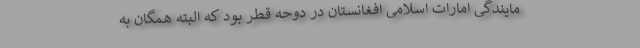
مایندگی امارات اسلامی افغانستان در دوحه قطر بود که البته همگان به